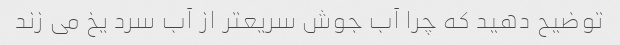
توضیح دهید که چرا آب جوش سریعتر از آب سرد یخ می زند